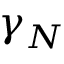
\gamma _ { N }